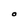
Character: O